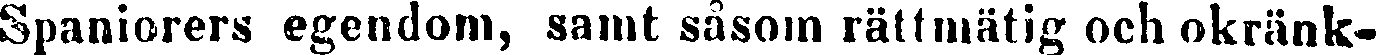
Spaniorers egendom, samt såsom rättmätig och okränk-